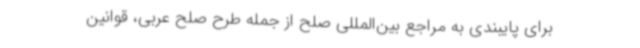
برای پایبندی به مراجع بین‌المللی صلح از جمله طرح صلح عربی، قوانین